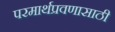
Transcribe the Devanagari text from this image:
परमार्थप्रवणासाठी